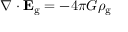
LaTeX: \nabla \cdot \mathbf { E } _ { \mathrm { g } } = - 4 \pi G \rho _ { \mathrm { g } }